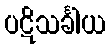
ပဋိသင်္ခါယ